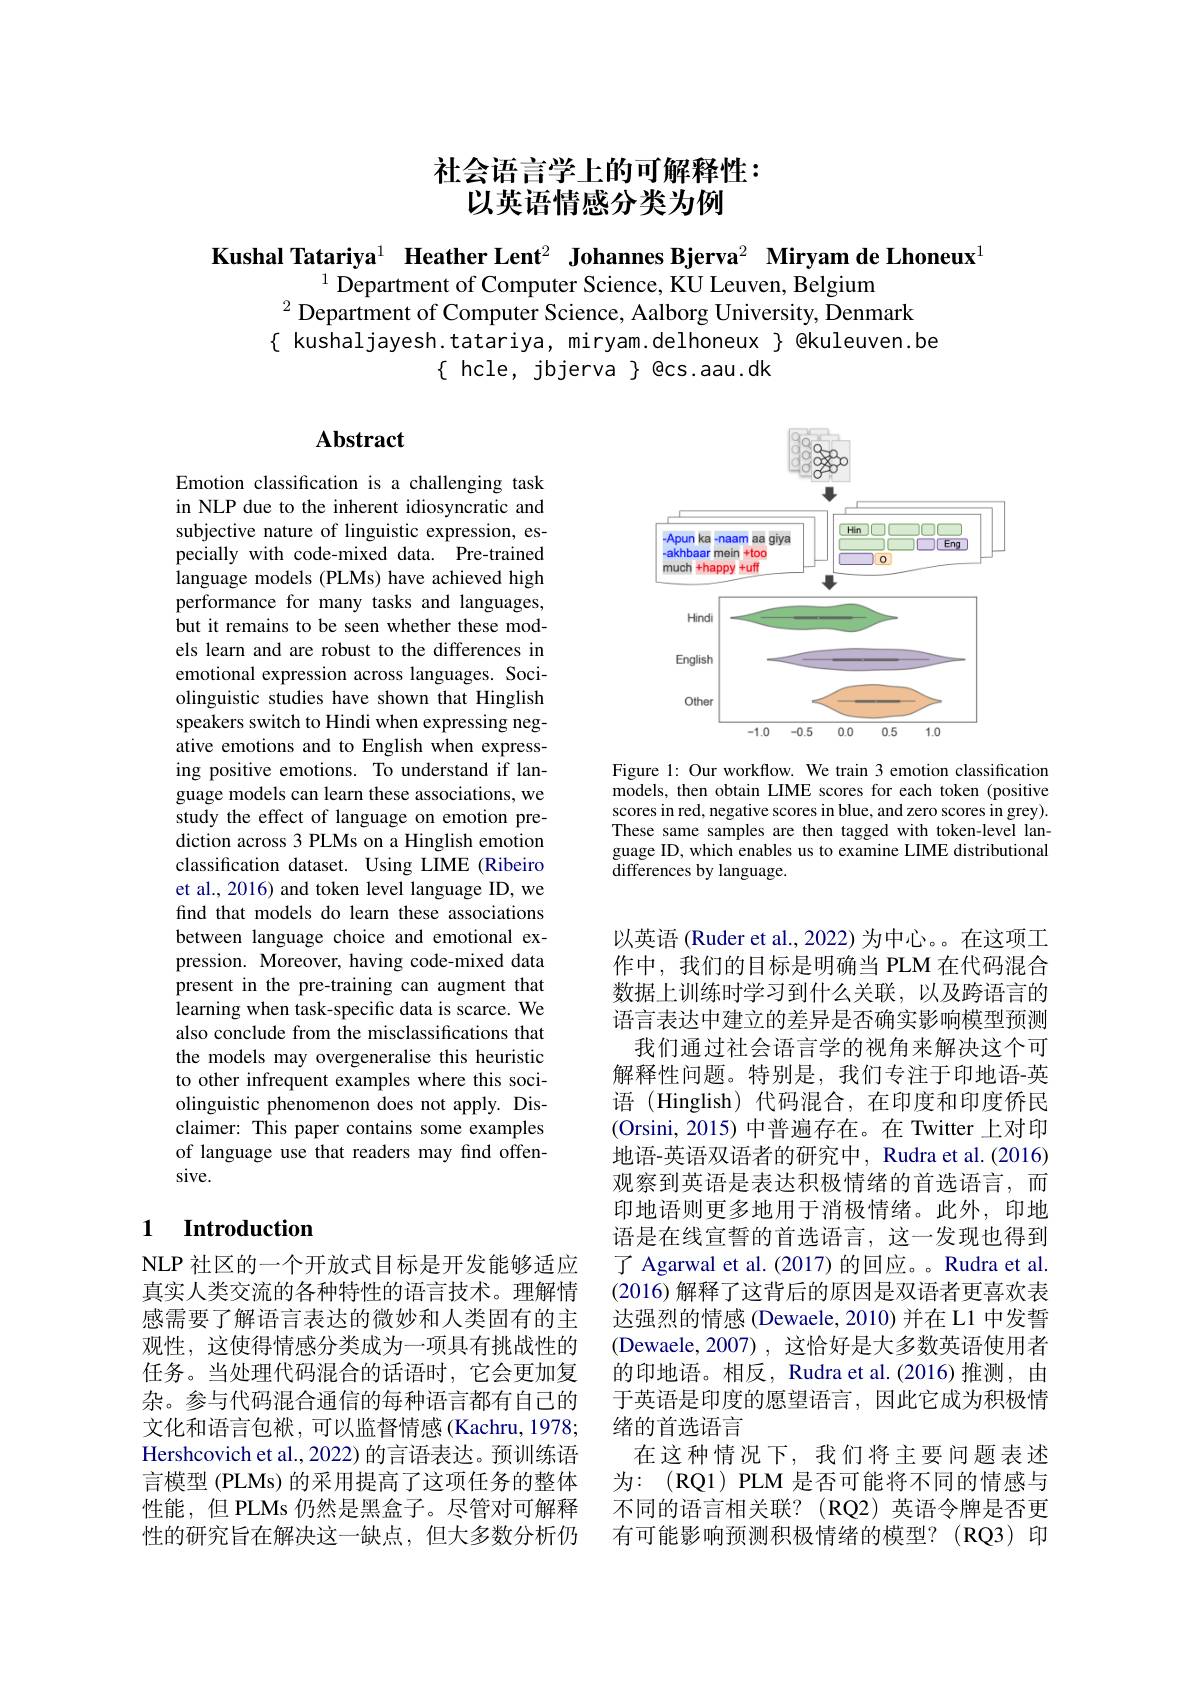
# 社会语言学上的可解释性： 以英语情感分类为例

Kushal Tatariya$^1\textbf{ Heather Lent}^2\textbf{ Johannes Bjerva}^2\textbf{ Miryam de Lhoneux}^{1}$
$^{1}$ Department of Computer Science, KU Leuven, Belgium
$^{2}\hat{\text{ Department of Computer Science, Aalborg University, Denmark}}$
$\{$ kushaljayesh.tatariya, miryam.delhoneux $\}$ @kuleuven.be
$\{$ hcle, jbjerva $\}$ @cs.aau.dk

## Abstract

<FigureHere>

Figure 1: Our workflow. We train 3 emotion classification models, then obtain LIME scores for each token (positive scores in red, negative scores in blue, and zero scores in grey). These same samples are then tagged with token-level language ID, which enables us to examine LIME distributional ${\mathrm{differences~by~language.}}$

Emotion classification is a challenging task in NLP due to the inherent idiosyncratic and subjective nature of linguistic expression, especially with code-mixed data. Pre-trained language models (PLMs) have achieved high performance for many tasks and languages, but it remains to be seen whether these models learn and are robust to the differences in emotional expression across languages. Sociolinguistic studies have shown that Hinglish speakers switch to Hindi when expressing negative emotions and to English when expressing positive emotions. To understand if language models can learn these associations, we study the effect of language on emotion prediction across 3 PLMs on a Hinglish emotion classification dataset. Using LIME (Ribeiro et al., 2016) and token level language ID, we find that models do learn these associations between language choice and emotional expression. Moreover, having code-mixed data present in the pre-training can augment that learning when task-specific data is scarce. We also conclude from the misclassifications that the models may overgeneralise this heuristic to other infrequent examples where this sociolinguistic phenomenon does not apply. Disclaimer: This paper contains some examples of language use that readers may find offensive.

### 1 $\textbf{Introduction}$

以英语 (Ruder et al., 2022) 为中心。在这项工作中，我们的目标是明确当 PLM 在代码混合数据上训练时学习到什么关联，以及跨语言的语言表达中建立的差异是否确实影响模型预测
我们通过社会语言学的视角来解决这个可解释性问题。特别是，我们专注于印地语-英语 (Hinglish) 代码混合，在印度和印度侨民(Orsini, 2015) 中普遍存在。在 Twitter 上对印地语-英语双语者的研究中，Rudra et al.(2016) 观察到英语是表达积极情绪的首选语言，而印地语则更多地用于消极情绪。此外，印地语是在线宣誓的首选语言，这一发现也得到了 Agarwal et al. (2017) 的回应。Rudra et al. (2016)解释了这背后的原因是双语者更喜欢表达强烈的情感(Dewaele, 2010) 并在 L1 中发誓(Dewaele,2007),这恰好是大多数英语使用者的印地语。相反，Rudra et al.(2016)推测，由于英语是印度的愿望语言，因此它成为积极情绪的首选语言
在这种情况下，我们将主要问题表述为：(RQ1)PLM 是否可能将不同的情感与不同的语言相关联？(RQ2)英语令牌是否更有可能影响预测积极情绪的模型？(RQ3)印

NLP 社区的一个开放式目标是开发能够适应真实人类交流的各种特性的语言技术。理解情感需要了解语言表达的微妙和人类固有的主观性，这使得情感分类成为一项具有挑战性的任务。当处理代码混合的话语时，它会更加复杂。参与代码混合通信的每种语言都有自己的文化和语言包袱，可以监督情感(Kachru,1978; Hershcovich et al., 2022) 的言语表达。预训练语言模型 (PLMs) 的采用提高了这项任务的整体性能，但 PLMs 仍然是黑盒子。尽管对可解释性的研究旨在解决这一缺点，但大多数分析仍